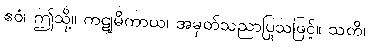
ဧဝံ၊ ဤသို့။ ကဋုမိကာယ၊ အမှတ်သညာပြုသဖြင့်။ သတိ၊